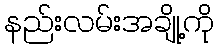
နည်းလမ်းအချို့ကို